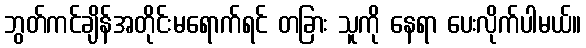
ဘွတ်ကင်ချိန်အတိုင်းမရောက်ရင် တခြား သူကို နေရာ ပေးလိုက်ပါမယ်။